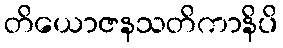
တိယောဇနသတိကာနိပိ